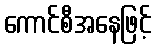
ကောင်စီအနေဖြင့်